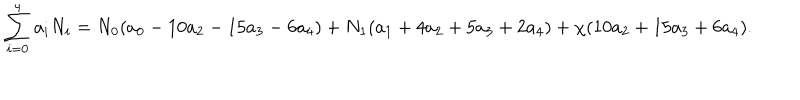
\sum _ { i = 0 } ^ { 4 } a _ { i } N _ { i } = N _ { 0 } ( a _ { 0 } - 1 0 a _ { 2 } - 1 5 a _ { 3 } - 6 a _ { 4 } ) + N _ { 1 } ( a _ { 1 } + 4 a _ { 2 } + 5 a _ { 3 } + 2 a _ { 4 } ) + \chi ( 1 0 a _ { 2 } + 1 5 a _ { 3 } + 6 a _ { 4 } ) .